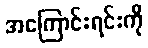
အကြောင်းရင်းကို